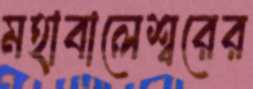
মহাবালেশ্বরের